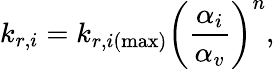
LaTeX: k_{r,i}=k_{r,i(\operatorname*{max})}\left(\frac{\alpha_{i}}{\alpha_{v}}\right)^{n},